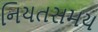
નિયતસમય